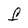
Character: f